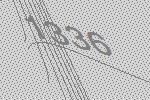
1336